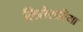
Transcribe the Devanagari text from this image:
लितेरारिया